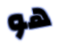
هو